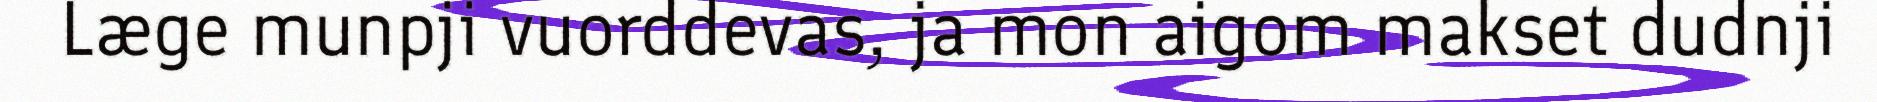
Læge munpji vuorddevas, ja mon aigom makset dudnji